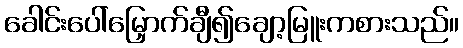
ခေါင်းပေါ်မြှောက်ချီ၍ချော့မြူးကစားသည်။